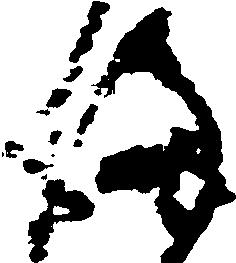
後